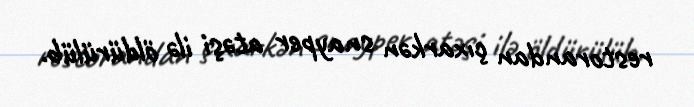
restorandan çıxarkən snayper atəşi ilə öldürülüb.